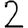
Digit: 2